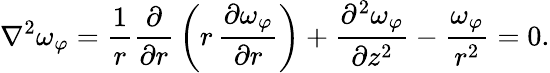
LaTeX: \nabla^{2}\omega_{\varphi}={\frac{1}{r}}{\frac{\partial}{\partial r}}\left(r\, {\frac{\partial\omega_{\varphi}}{\partial r}}\right)+{\frac{\partial^{2}\omega_{\varphi}}{\partial z^{2}}}-{\frac{\omega_{\varphi}}{r^{2}}}=0.